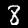
Label: 8